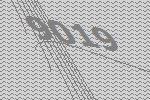
9019